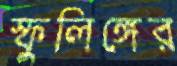
স্ফুলিঙ্গের